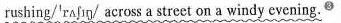
rushing/'rʌʃɪŋ/ across a street on a windy evening.^{③}